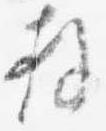
拝